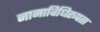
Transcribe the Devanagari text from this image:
नानाविधिरूपता